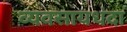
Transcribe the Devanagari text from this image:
व्यवसायधंदा